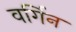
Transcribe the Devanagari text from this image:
वर्गिन